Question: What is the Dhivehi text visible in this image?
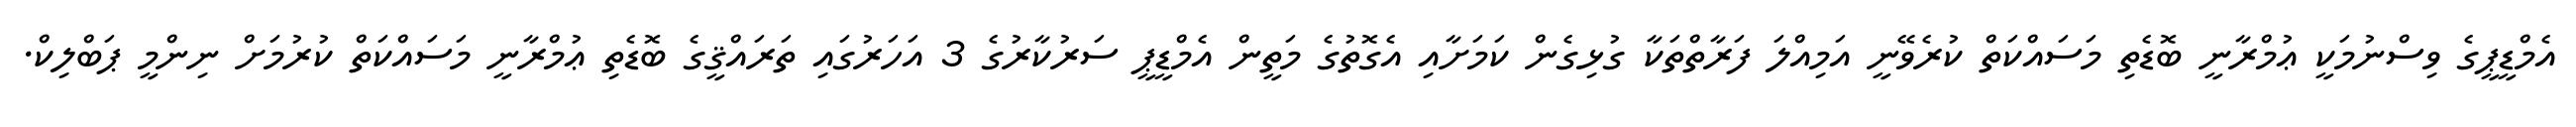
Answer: އެމްޑީޕީގެ ވިސްނުމަކީ ޢުމްރާނީ ބޮޑެތި މަސައްކަތް ކުރެވޭނީ އަމިއްލަ ފަރާތްތަކާ ގުޅިގެން ކަމަށާއި އެގޮތުގެ މަތީން އެމްޑީޕީ ސަރުކާރުގެ 3 އަހަރުގައި ތަރައްޤީގެ ބޮޑެތި ޢުމްރާނީ މަސައްކަތް ކުރުމަށް ނިންމީ ޕަބްލިކް.